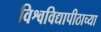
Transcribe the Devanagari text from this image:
विश्वविद्यापीठाच्या